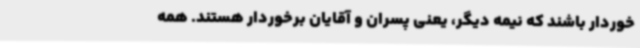
خوردار باشند که نیمه دیگر، یعنی پسران و آقایان برخوردار هستند. همه